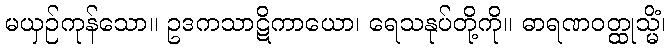
မယှဉ်ကုန်သော။ ဥဒကသာဋိကာယော၊ ရေသနုပ်တို့ကို။ ဓာရဏဝတ္ထုသ္မိံ၊